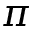
\pi